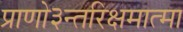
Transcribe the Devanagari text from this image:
प्राणो३न्तरिक्षमात्मा